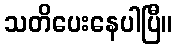
သတိပေးနေပါပြီ။